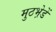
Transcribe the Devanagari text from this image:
मुठभ़ेडें